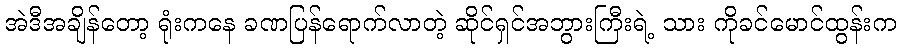
အဲဒီအချိန်တော့ ရုံးကနေ ခဏပြန်ရောက်လာတဲ့ ဆိုင်ရှင်အဘွားကြီးရဲ့ သား ကိုခင်မောင်ထွန်းက